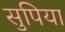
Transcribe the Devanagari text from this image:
सुपिया